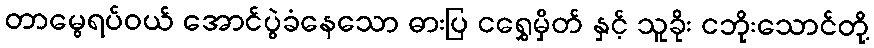
တာမွေရပ်ဝယ် အောင်ပွဲခံနေသော ဓားပြ ငရွှေမှိတ် နှင့် သူခိုး ငဘိုးသောင်တို့